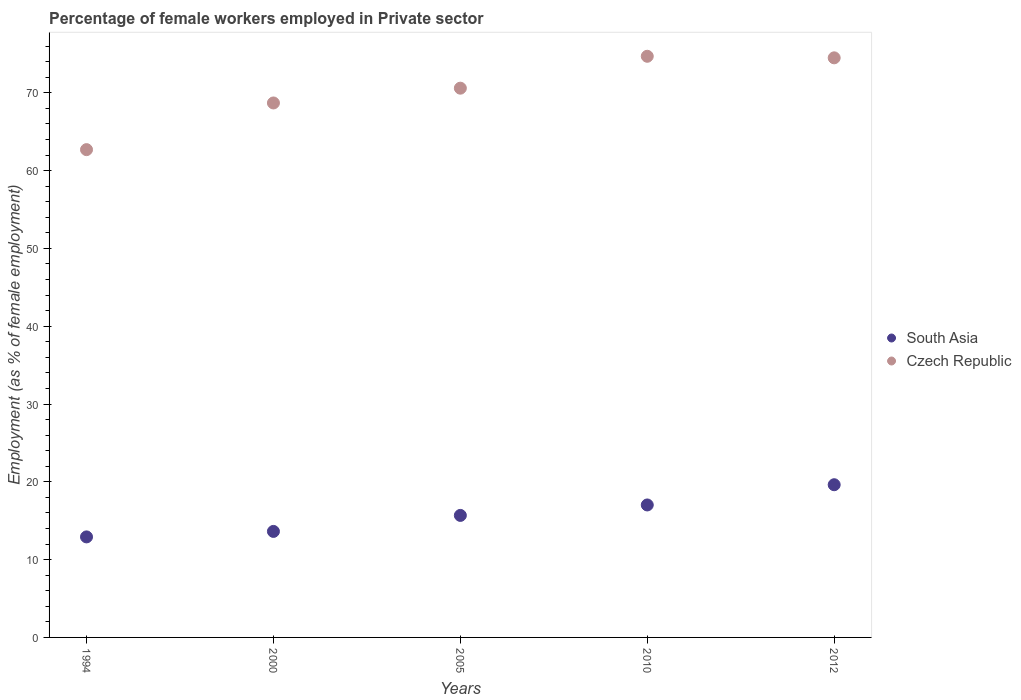
| Years | South Asia | Czech Republic |
 | --- | --- | --- |
 | 1994 | 12.9 | 62.7 |
 | 2000 | 13.6 | 68.7 |
 | 2005 | 15.7 | 70.6 |
 | 2010 | 17 | 74.7 |
 | 2012 | 19.6 | 74.5 |